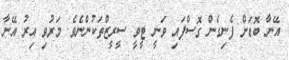
އޭނާ ބޮޑަށް ފެނިގެން ގޮސްފައި ވަނީ ޓީވީ ސީރީޒްތަކުންނެވެ. މަރުވި އިރު އޭނާ